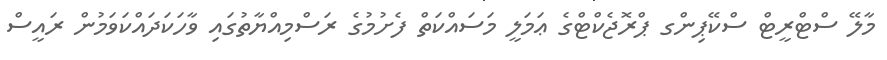
މާލޭ ސްޓްރީޓް ސްކޭޕިންގ ޕްރޮޖެކްޓްގެ ޢަމަލީ މަސައްކަތް ފެށުމުގެ ރަސްމިއްޔާތުގައި ވާހަކަދައްކަވަމުން ރައީސް